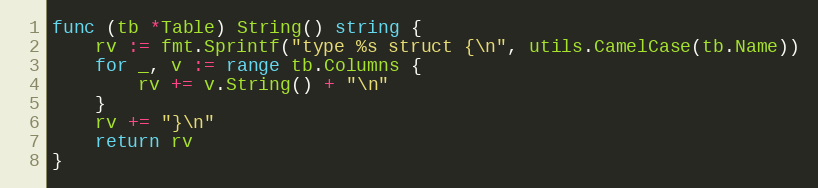
Language: Go
func (tb *Table) String() string {
	rv := fmt.Sprintf("type %s struct {\n", utils.CamelCase(tb.Name))
	for _, v := range tb.Columns {
		rv += v.String() + "\n"
	}
	rv += "}\n"
	return rv
}